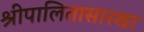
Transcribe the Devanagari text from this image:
श्रीपालितासारखा